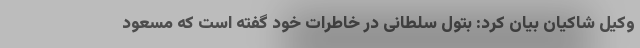
وکیل شاکیان بیان کرد: بتول سلطانی در خاطرات خود گفته است که مسعود